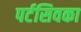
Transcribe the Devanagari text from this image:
पर्टसिवका